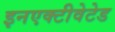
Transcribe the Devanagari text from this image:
इनएक्टीवेटेड